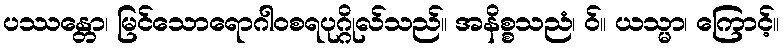
ပဿန္တော၊ မြင်သောရောဂါဝစရပုဂ္ဂိုလ်သည်။ အနိစ္စသညံ၊ ဝ်။ ယသ္မာ၊ ကြောင့်။